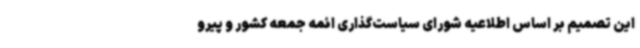
این تصمیم بر اساس اطلاعیه شورای سیاست‌گذاری ائمه جمعه کشور و پیرو